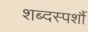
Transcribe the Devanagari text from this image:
शब्दस्पर्शौ